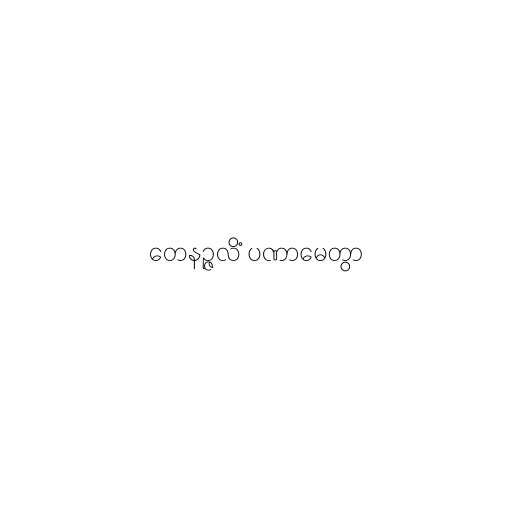
တေနဉ္ဇလိံ ပဏာမေတွာ